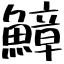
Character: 鱆